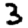
Digit: 3